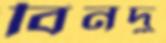
বিনদু